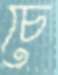
চে